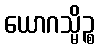
ယောဂသ္မိဉ္စ